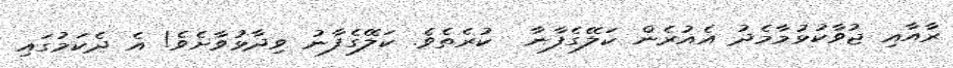
ރާއާއި ޖުވާކުޅުމާމެދު އެއުރެން ކަލޭގެފާނާ  ކުރެތެވެ. ކަލޭގެފާނު ވިދާޅުވާށެވެ! އެ ދެކަމުގައި